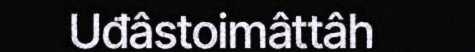
Uđâstoimâttâh